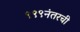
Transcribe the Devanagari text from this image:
९९९नंतरची